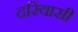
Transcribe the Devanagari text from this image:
दरियासी